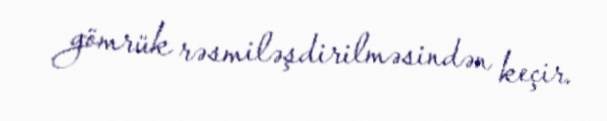
gömrük rəsmiləşdirilməsindən keçir.